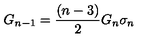
G _ { n - 1 } = \frac { ( n - 3 ) } { 2 } G _ { n } \sigma _ { n }